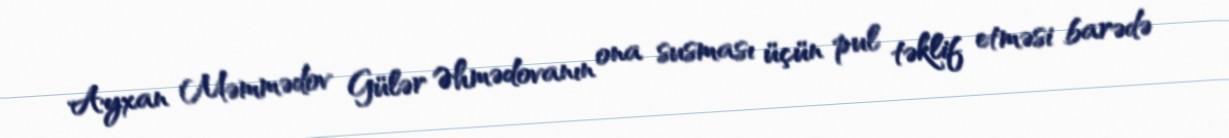
Ayxan Məmmədov Gülər Əhmədovanın ona susması üçün pul təklif etməsi barədə